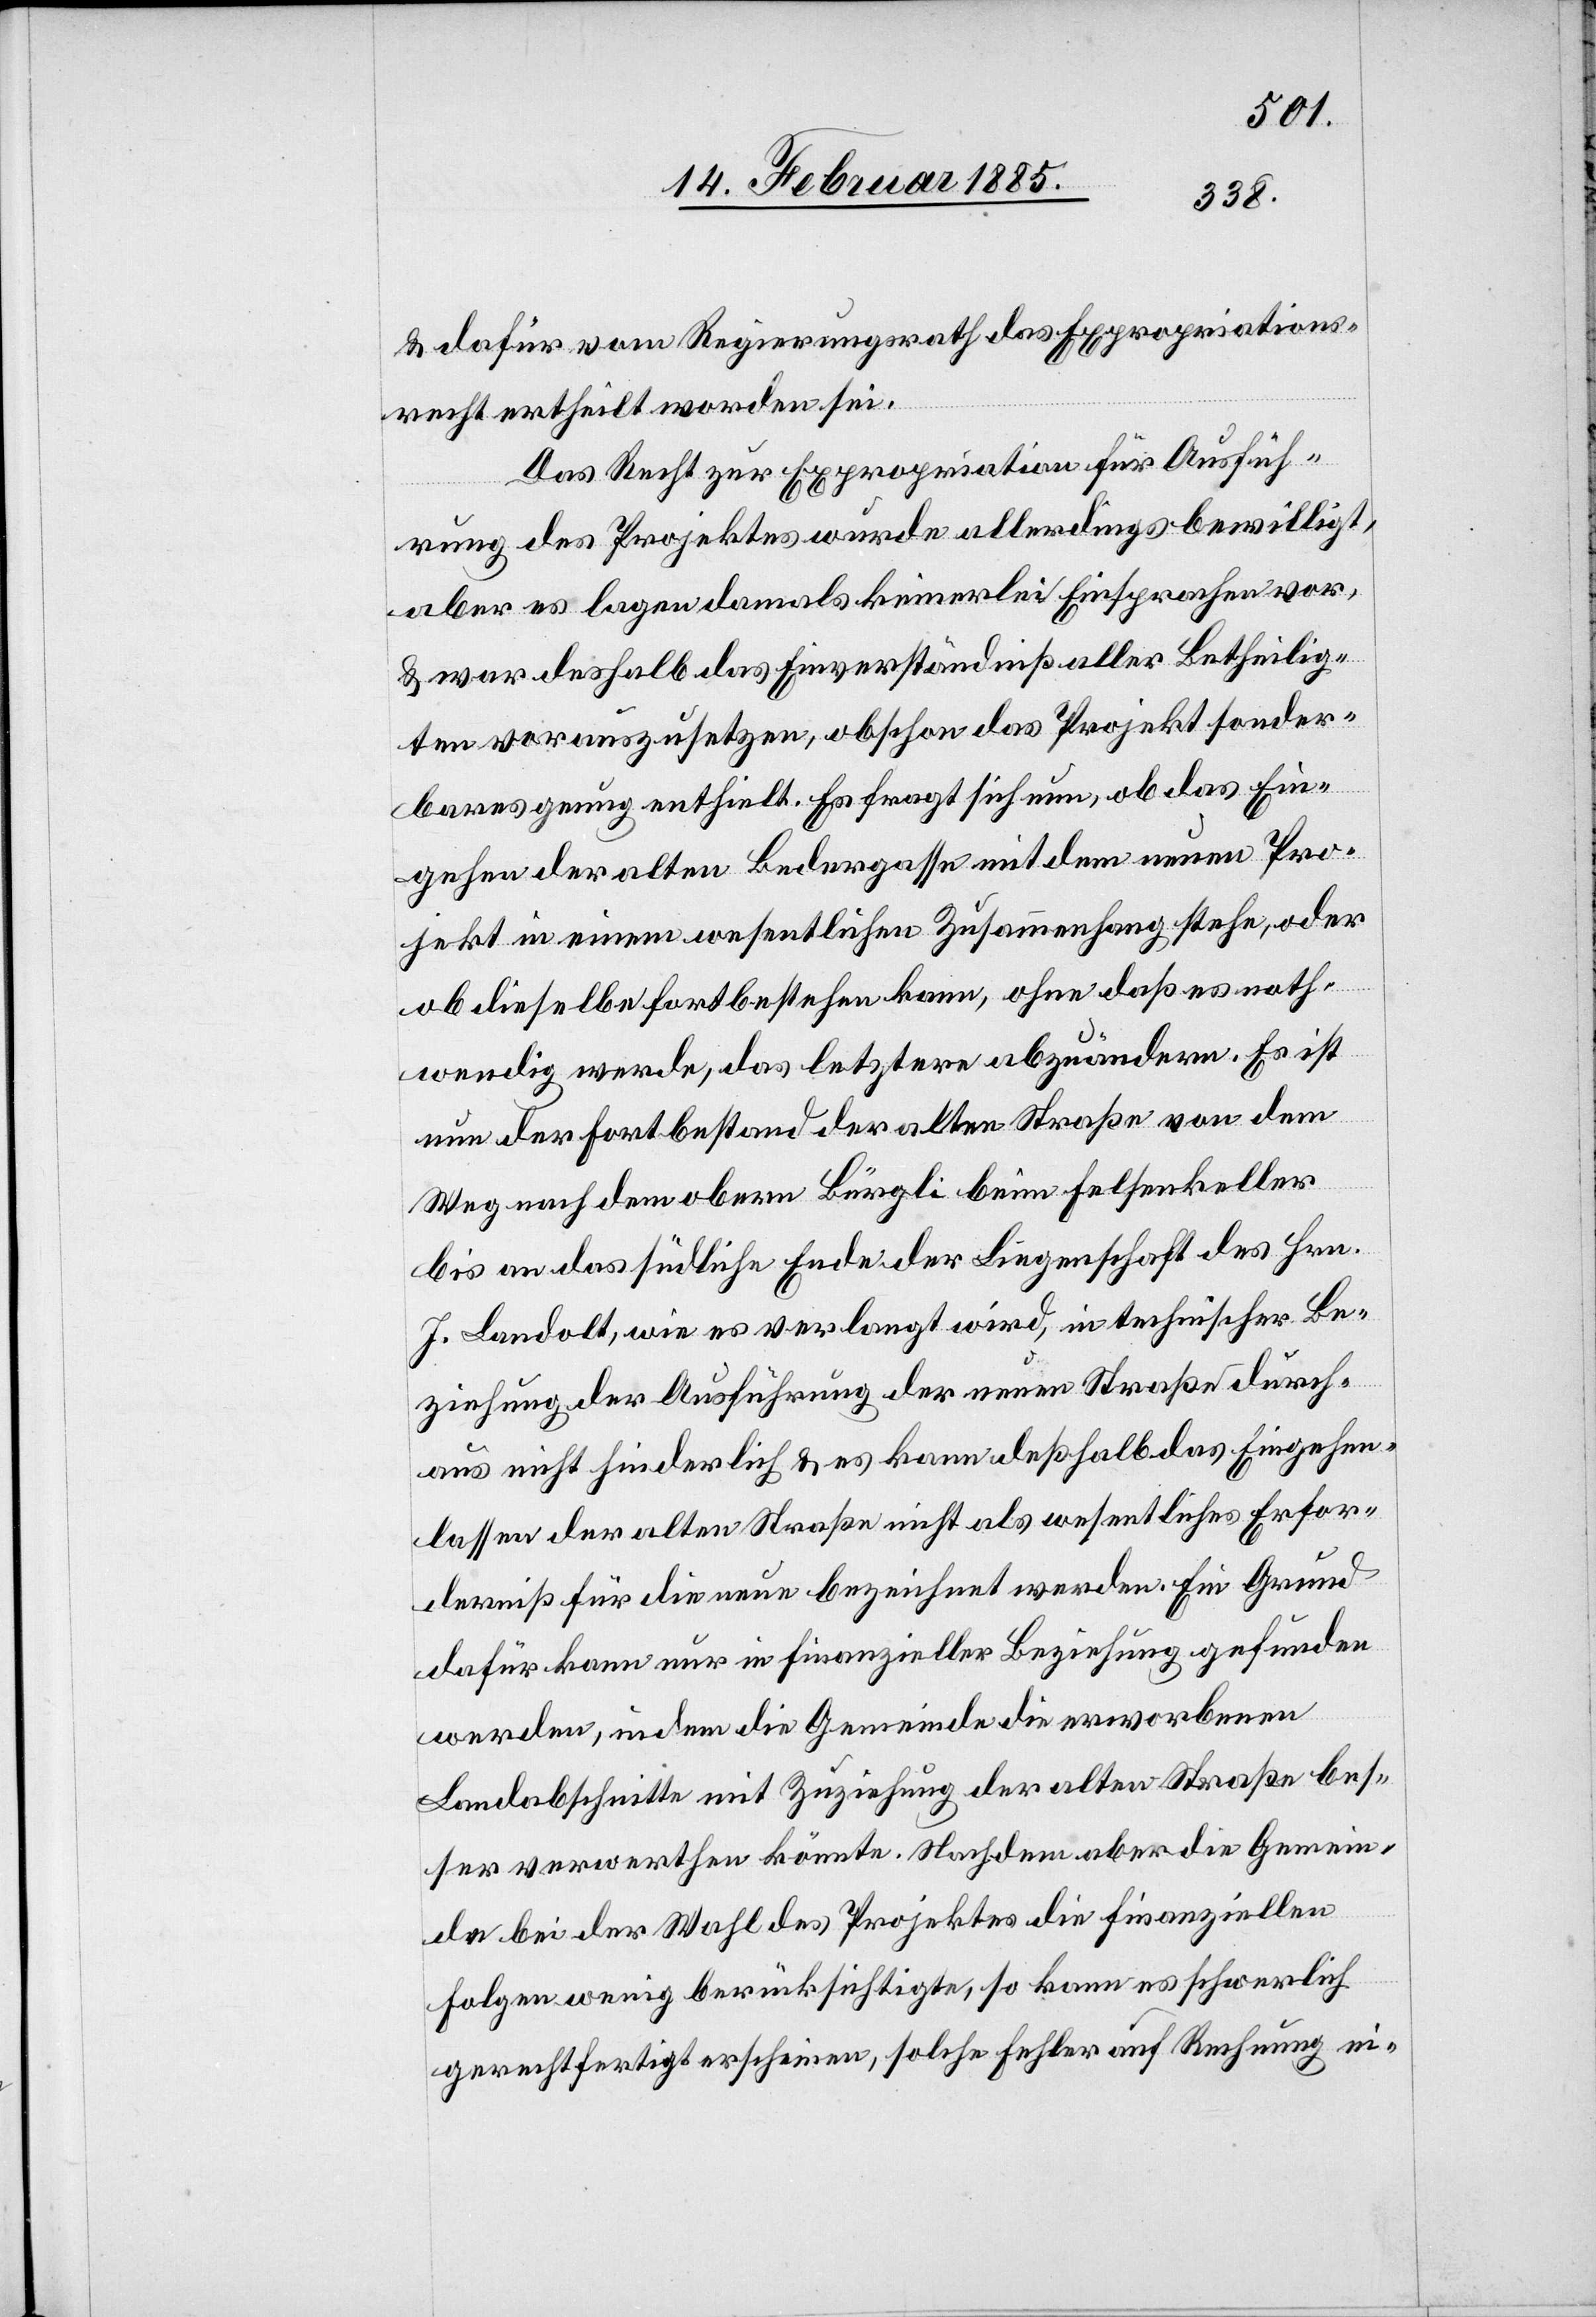
& dafür vom Regierungsrath das Expropriations¬
rechtes ertheilt worden sei.
Das Recht zur Expropriation für Ausfüh¬
rung des Projektes würde allerdings bewilligt,
aber es lagen damals keinerlei Einsprachen vor
& war deshalb das Einverständniß aller Betheilig¬
ten vorauszusetzen, obschon das Projekt sonder¬
bares genug enthielt. Es fragt sich nun, ob das Ein¬
gehen der alten Bedergasse mit dem neuen Pro¬
jekt in einem wesentlichen Zusammenhang stehe, oder
ob dieselbe fortbestehen kann, ohne daß es noth¬
wendig werde, das letztere abzuändern. Es ist
nun der Fortbestand der alten Straße von dem
Weg nach dem obern Bürgli beim Felsenkeller
bis an das südliche Ende der Liegenschaft des Hrn.
J. Landolt, wie es verlangt wird, in technischer Be¬
ziehung der Ausführung der neuen Straße durch¬
aus nicht hinderlich & es kann deßhalb das Eingehen¬
lassen der alten Straße nicht als wesentliches Erfor¬
derniß für die neuen bezeichnet werden. Ein Grund
dafür kann nur in finanzieller Beziehung gefunden
werden, indem die Gemeinde die erworbenen
Landabschnitte mit Zuziehung der alten Straße bes¬
ser verwerthen könnte. Nachdem aber die Gemein¬
de bei der Wahl des Projektes die finanziellen
Folgen wenig berücksichtigte, so kann es schwerlich
gerechtfertigt erscheinen, solche Fehler auf Rechnung ein-